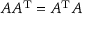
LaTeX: A A ^ { \mathrm { T } } = A ^ { \mathrm { T } } A